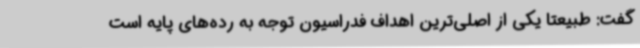
گفت: طبیعتا یکی از اصلی‌ترین اهداف فدراسیون توجه به رده‌های پایه است